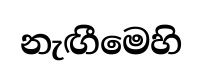
නැඟීමෙහි